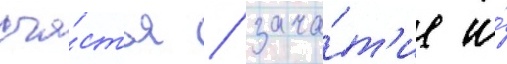
сча́стья / зача́т'ие и́